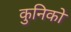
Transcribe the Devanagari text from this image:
कुनिको